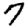
Digit: 7